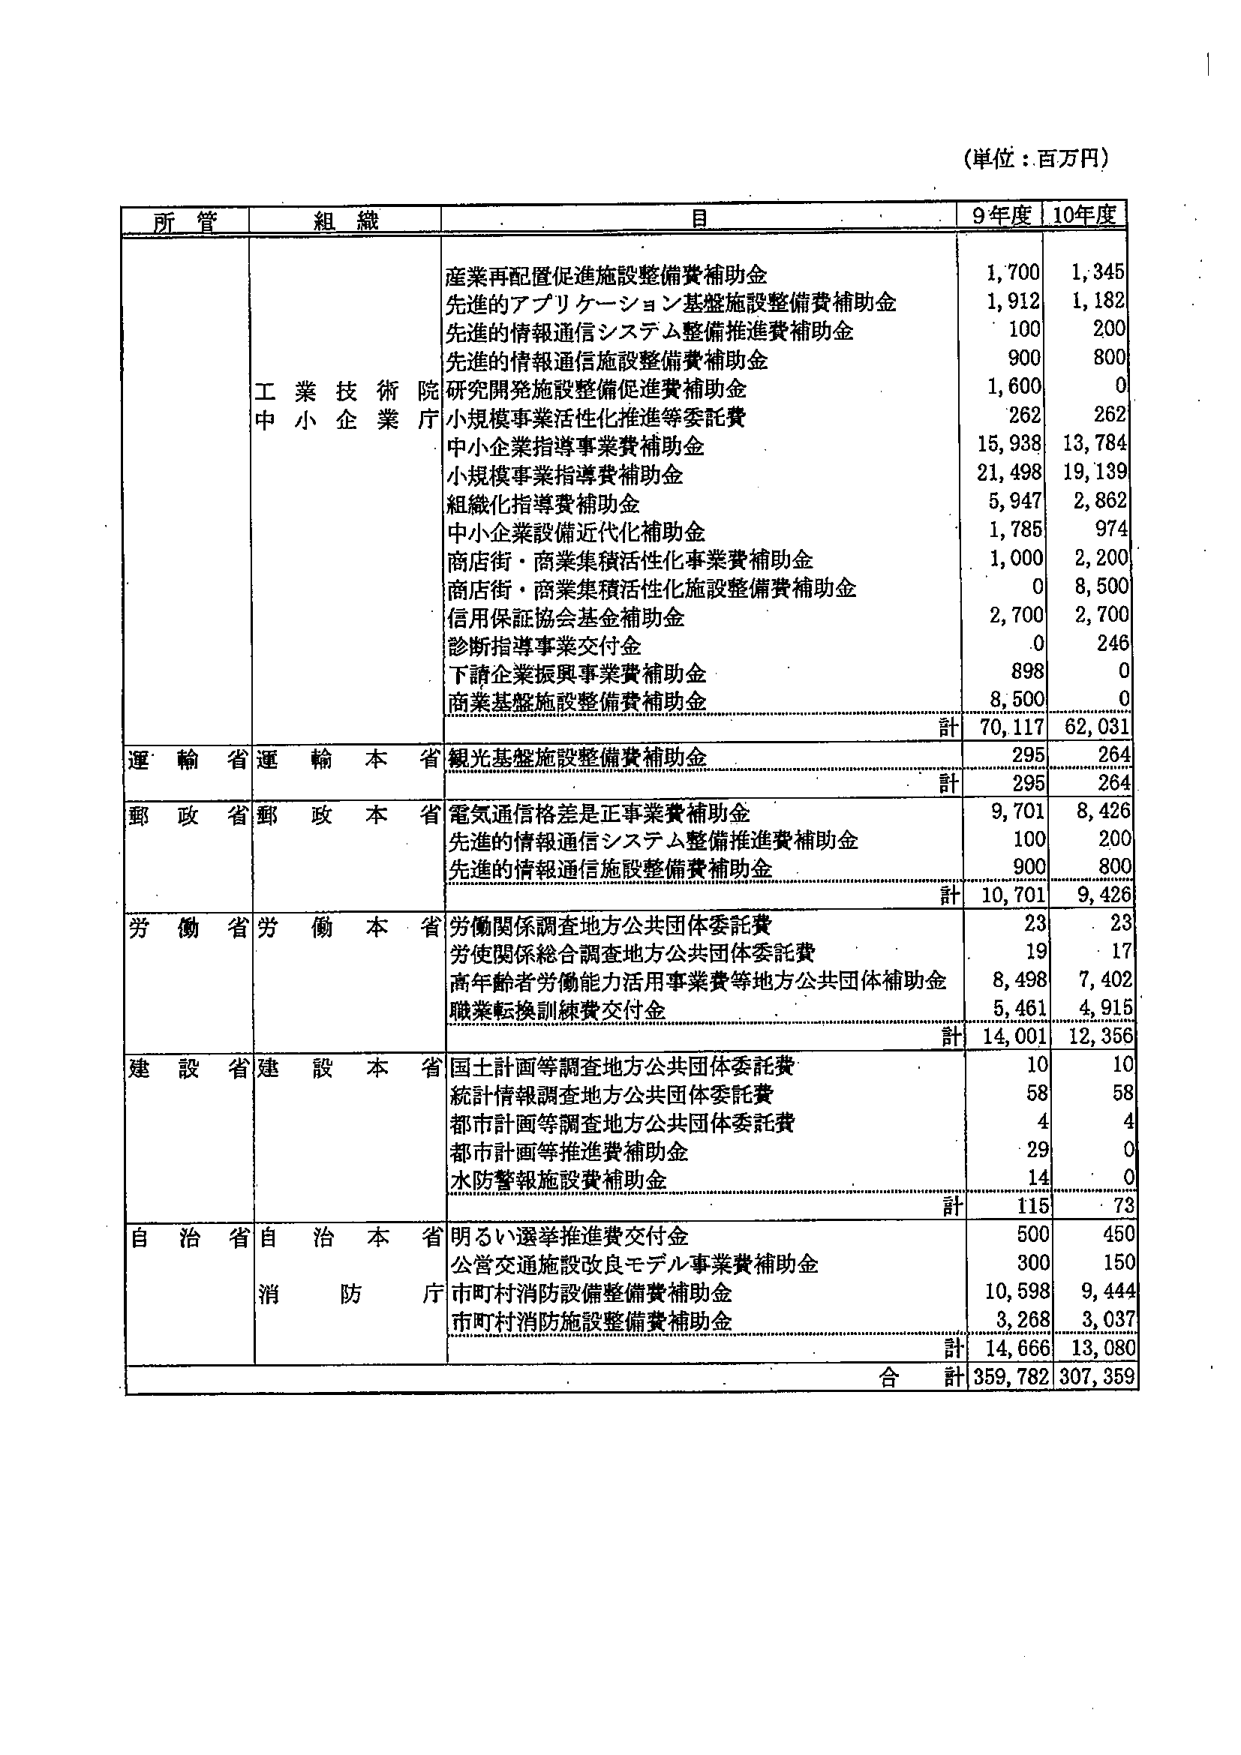
(単位：百万円)

所管	組織	目	9年度	10年度
		産業再配置促進施設整備費補助金	1,700	1,345
		先進的アプリケーション基盤施設整備費補助金	1,912	1,182
		先進的情報通信システム整備推進費補助金	100	200
		先進的情報通信施設整備費補助金	900	800
		研究開発施設整備促進費補助金	1,600	0
		小規模事業活性化推進等委託費	262	262
		中小企業指導事業費補助金	15,938	13,784
		小規模事業指導費補助金	21,498	19,139
		組織化指導費補助金	5,947	2,862
		中小企業設備近代化補助金	1,785	974
		商店街・商業集積活性化事業費補助金	1,000	2,200
		商店街・商業集積活性化施設整備費補助金	0	8,500
		信用保証協会基金補助金	2,700	2,700
		診断指導事業交付金	0	246
		下請企業振興事業費補助金	898	0
		商業基盤施設整備費補助金	8,500	0
		計	70,117	62,031
運輸省	運輸本省	観光基盤施設整備費補助金	295	264
		計	295	264
郵政省	郵政本省	電気通信格差是正事業費補助金	9,701	8,426
		先進的情報通信システム整備推進費補助金	100	200
		先進的情報通信施設整備費補助金	900	800
		計	10,701	9,426
労働省	労働本省	労働関係調査地方公共団体委託費	23	23
		労使関係総合調査地方公共団体委託費	19	17
		高年齢者労働能力活用事業費等地方公共団体補助金	8,498	7,402
		職業転換訓練費交付金	5,461	4,915
		計	14,001	12,356
建設省	建設本省	国土計画等調査地方公共団体委託費	10	10
		統計情報調査地方公共団体委託費	58	58
		都市計画等調査地方公共団体委託費	4	4
		都市計画等推進費補助金	29	0
		水防警報施設費補助金	14	0
		計	115	73
自治省	自治本省	明るい選挙推進費交付金	500	450
		公営交通施設改良モデル事業費補助金	300	150
		消防庁	市町村消防設備整備費補助金	10,598	9,444
		市町村消防施設整備費補助金	3,268	3,037
		計	14,666	13,080
		合計	359,782	307,359